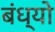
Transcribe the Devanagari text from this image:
बंध्यो